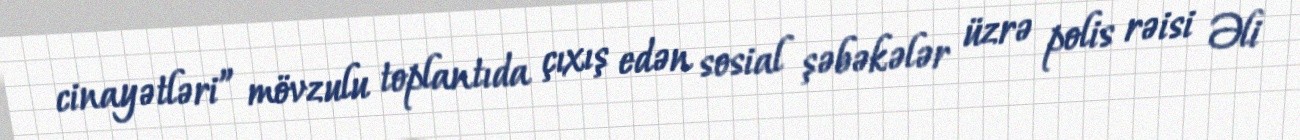
cinayətləri” mövzulu toplantıda çıxış edən sosial şəbəkələr üzrə polis rəisi Əli